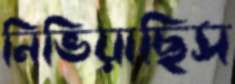
নিভিয়াছিস